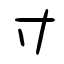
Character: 寸